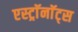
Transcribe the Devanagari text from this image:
एस्ट्राॅनाॅट्स